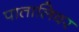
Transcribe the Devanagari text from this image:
पातालिवर